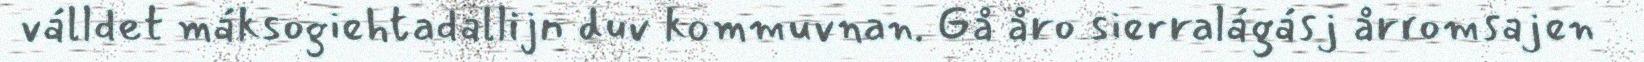
válldet máksogiehtadallijn duv kommuvnan. Gå åro sierralágásj årromsajen